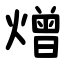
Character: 熷